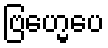
ဗြဟ္မေပေ